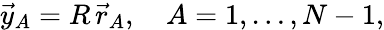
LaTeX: \vec{y}_{A}=R\, \vec{r}_{A},\quad A=1,\dots,N-1,